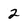
Character: 2